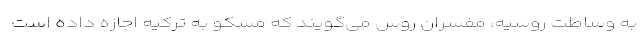
به وساطت روسیه، مفسران روس می‌گویند که مسکو به ترکیه اجازه داده است